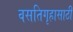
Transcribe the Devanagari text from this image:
वसतिगृहासाठी